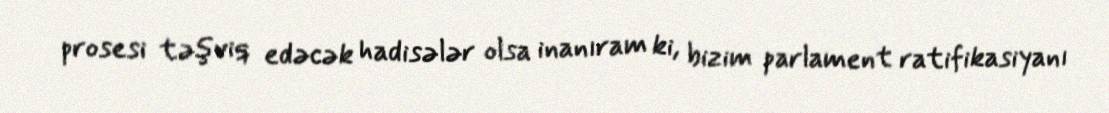
prosesi təşviq edəcək hadisələr olsa inanıram ki, bizim parlament ratifikasiyanı